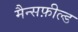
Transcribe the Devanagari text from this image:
मैन्सफ़ील्ड